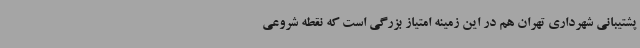
پشتیبانی شهرداری تهران هم در این زمینه امتیاز بزرگی است که نقطه شروعی